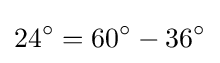
24^{\circ }=60^{\circ }-36^{\circ }